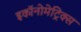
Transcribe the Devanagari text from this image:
इकॉनोमेट्रिक्स